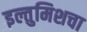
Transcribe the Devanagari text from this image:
इल्तुमिशचा